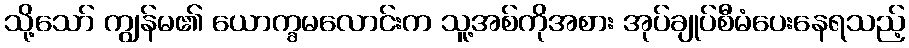
သို့သော် ကျွန်မ၏ ယောက္ခမလောင်းက သူ့အစ်ကိုအစား အုပ်ချုပ်စီမံပေးနေရသည့်